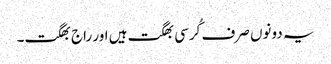
یہ دونوں صرف کُرسی بھگت ہیں اور راج بھگت۔